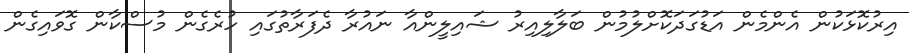
އިރުކޮޅަކުން އެންމެން އަޑުގަދަކޮށްލުމުން ބަލާލިއިރު ޝައިލީންއާ ނައުރާ ދެފަރާތުގައި ހުރެގެން މުސްކާން ގޮވައިގެން